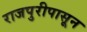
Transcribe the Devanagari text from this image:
राजपुरीपासून